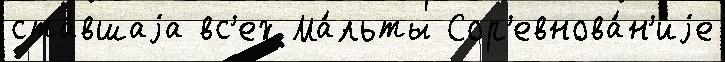
ста́вшаjа вс'ех Ма́льты Сор'евнова́н'иjе